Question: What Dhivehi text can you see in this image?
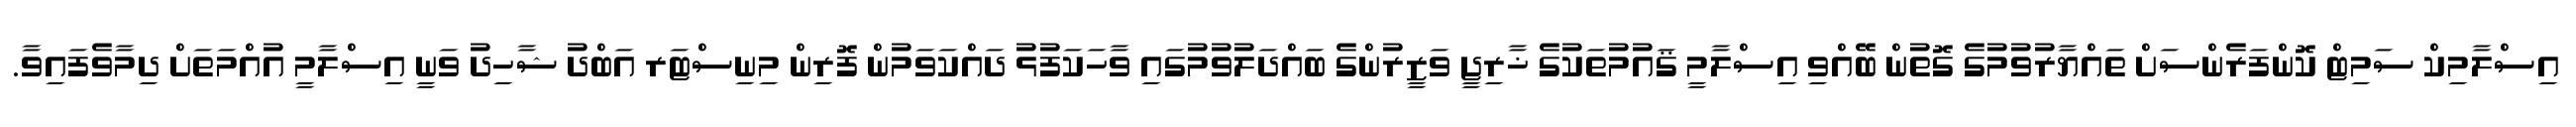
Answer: އިސްލާމިކް ސަމިޓް ކޮންފަރެންސަށް ތައްޔާރުވުމުގެ ގޮތުން ބޭއްވި އިސްލާމީ ޤައުމުތަކުގެ ޚާރިޖީ ވަޒީރުންގެ ބައްދަލުވުމުގައި ވާހަކަފުޅު ދައްކަވަމުން ފޮރިން މިނިސްޓަރ އަބްދު ޝާހިދު ވަނީ އިސްލާމީ އުއްމަތަށް ދިމާވެފައިވާ.